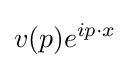
v(p)e^{ip\cdot x}